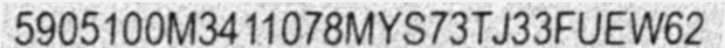
5905100M3411078MYS73TJ33FUEW62